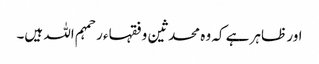
اور ظاہر ہے کہ وہ محدثین و فقہاء ر حمہم اللہ ہیں۔